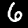
Digit: 6